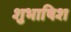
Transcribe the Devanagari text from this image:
शुभाषिश